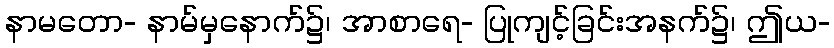
နာမတော- နာမ်မှနောက်၌၊ အာစာရေ- ပြုကျင့်ခြင်းအနက်၌၊ ဤယ-